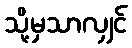
သို့မှသာလျှင်